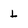
Character: L